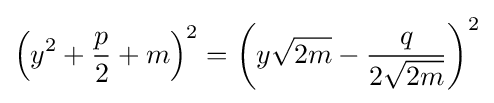
\left(y^{2}+{\frac {p}{2}}+m\right)^{2}=\left(y{\sqrt {2m}}-{\frac {q}{2{\sqrt {2m}}}}\right)^{2}